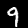
Label: 9